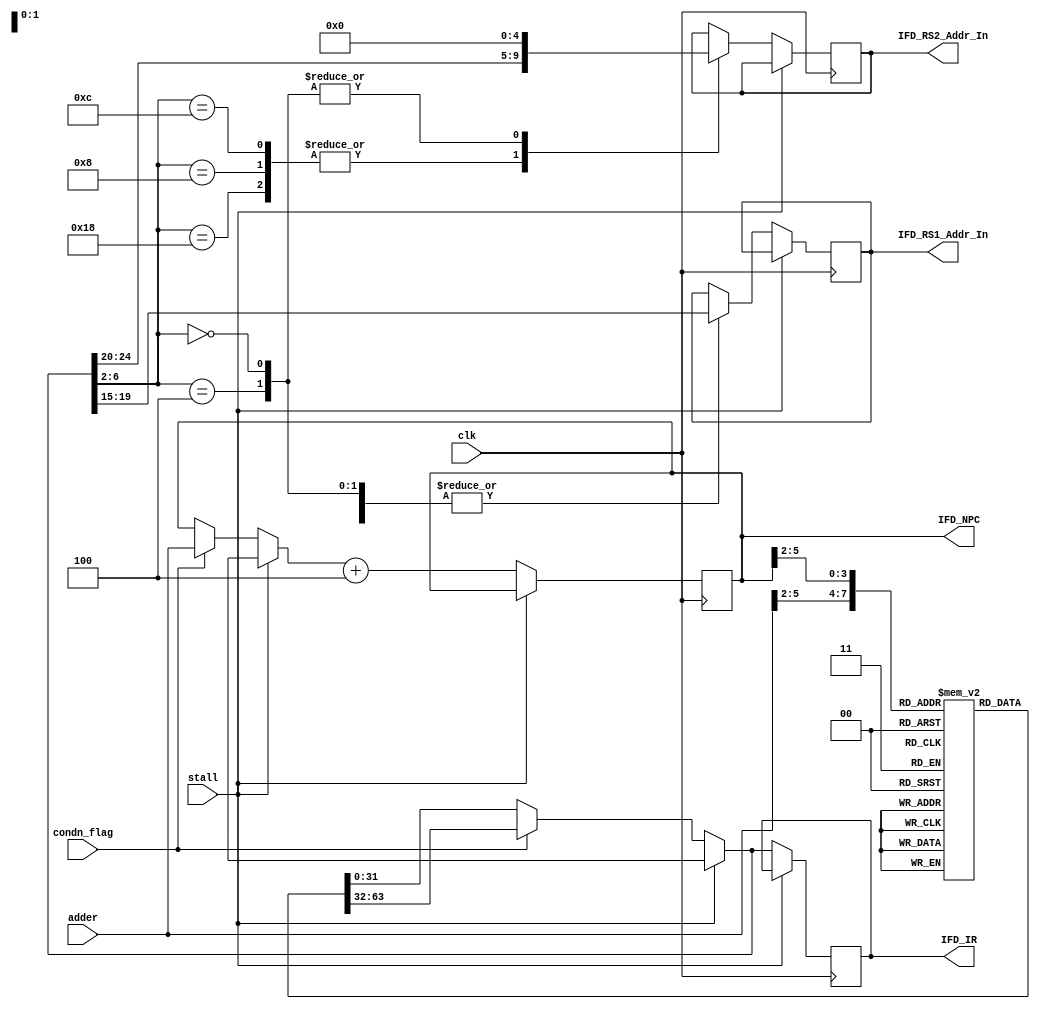
`timescale 1ns / 1ps
//////////////////////////////////////////////////////////////////////////////////
// Company: 
// Engineer: 
// 
// Design Name: 
// Module Name: IF_ID
// Project Name: 
// Target Devices: 
// Tool Versions: 
// Description: 
// 
// Dependencies: 
// 
// Revision:
// Revision 0.01 - File Created
// Additional Comments:
// 
//////////////////////////////////////////////////////////////////////////////////


module IF_ID(clk,stall,adder,condn_flag,IFD_RS1_Addr_In,IFD_RS2_Addr_In,IFD_NPC,IFD_IR
   );
   
   input clk;
   input stall;
   input [31:0] adder;
   input condn_flag;
   output reg [4:0] IFD_RS1_Addr_In;
   output reg [4:0] IFD_RS2_Addr_In;
   parameter Instr_Mem_Size=16;
   reg [31:0] IFD_PC;
   output reg [31:0] IFD_NPC,IFD_IR;
   reg [31:0] instr_Mem[0:Instr_Mem_Size-1];    // Instruction Memory
   
   initial begin 
   IFD_PC=0;
   IFD_NPC=0;
   instr_Mem[0] = 32 'b0000000_00111_00010_000_00001_0110011; //add x1,x2,x7
   instr_Mem[1] = 32 'b0000000_00001_00010_000_00011_0110011; //add x3,x2,x1
   instr_Mem[2] = 32 'b1111110_01110_00100_000_01111_0010011; //addi x15,x4,#-50
   instr_Mem[3] = 32 'b0000000_01000_01001_010_01110_0000011; //lw x14,8(x9)
   instr_Mem[4] = 32 'b0000000_01110_01000_010_01000_0100011; //sw x14,8(x8)
   instr_Mem[5] = 32 'b0000000_10010_10001_000_01100_1100011; //beq x17,x18,#2
   instr_Mem[6] = 32 'b0000000_00010_01101_010_01101_0010011; //slti x13,x13,#2
   instr_Mem[9] = 32 'b0000000_00010_00001_010_10100_0110011; //slt x20,x1,x2
   
   end
   
always@(posedge clk) begin
    if(stall!=1'b1) begin
    
        if(condn_flag==1) begin     // if zero_flag is detected, branch will be taken
            IFD_PC = adder;
            IFD_IR = instr_Mem[IFD_PC>>2]; 
    
        end
        else begin
            IFD_PC = IFD_NPC;      // else next instruction should be fetched
            IFD_IR = instr_Mem[IFD_PC>>2]; 
            end
        case(IFD_IR[6:2])
    5'b01100,5'b01000,5'b11000: begin //Register Type, Store, Branch
                IFD_RS1_Addr_In<=IFD_IR[19:15];
                IFD_RS2_Addr_In<=IFD_IR[24:20];
              end
    5'b00000,5'b00100: begin //Load, Immediate
                IFD_RS1_Addr_In<=IFD_IR[19:15];
                IFD_RS2_Addr_In<=5'b0;
                
              end
            endcase
    
    IFD_NPC=IFD_PC+4;
    end       
else begin
    IFD_PC <= IFD_PC;
    IFD_NPC <= IFD_NPC; 
end

end

   
endmodule